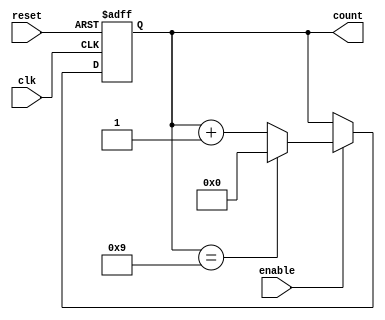
module modulus_counter #(
    parameter MODULUS = 10, // Specify the modulus value, e.g., 10 for counting from 0 to 9
    parameter N = $clog2(MODULUS) // Compute width based on modulus, N must be sufficient to hold MODULUS-1
)(
    input wire clk,         // Clock signal
    input wire reset,       // Asynchronous reset signal
    input wire enable,      // Enable signal
    output reg [N-1:0] count // Current count output
);

// Asynchronous reset and counting behavior
always @(posedge clk or posedge reset) begin
    if (reset) begin
        count <= 0; // Reset count to 0
    end else if (enable) begin
        if (count == MODULUS - 1) begin
            count <= 0; // Wrap around to 0 when modulus is reached
        end else begin
            count <= count + 1; // Increment count
        end
    end
    // If enable is low, do nothing (hold the current count)
end

endmodule